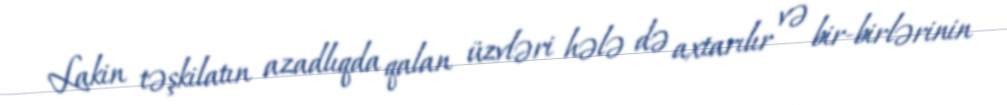
Lakin təşkilatın azadlıqda qalan üzvləri hələ də axtarılır və bir-birlərinin